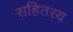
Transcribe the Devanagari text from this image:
सहितस्य